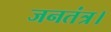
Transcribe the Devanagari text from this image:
जनतंत्र।